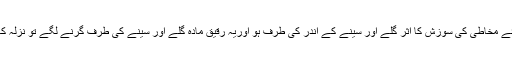
اگر غشائے مخاطی کی سوزش کا اثر گلے اور سینے کے اندر کی طرف ہو اوریہ رقیق مادہ گلے اور سینے کی طرف گرنے لگے تو نزلہ کہلاتا ہے۔